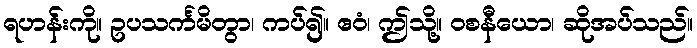
ရဟန်းကို။ ဥပသင်္ကမိတွာ၊ ကပ်၍။ ဧဝံ၊ ဤသို့။ ဝစနီယော၊ ဆိုအပ်သည်။